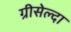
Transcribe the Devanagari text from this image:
ग्रीसेल्दा